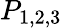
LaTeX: P_{1,2,3}